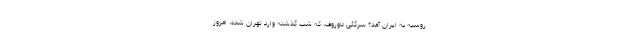
روسیه به ایران آمد؟ سرگئی لاوروف، که شب گذشته وارد تهران شده، امروز